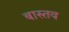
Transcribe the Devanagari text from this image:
बास्तव